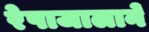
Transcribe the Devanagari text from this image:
रेषाजालाने